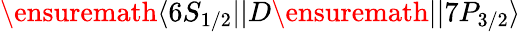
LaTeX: \ensuremath{\langle 6S_{1/2}||}D\ensuremath{||7P_{3/2}\rangle}